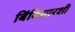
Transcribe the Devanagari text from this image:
बिंबिसारशी